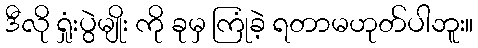
ဒီလို ရှုံးပွဲမျိုး ကို ခုမှ ကြုံခဲ့ ရတာမဟုတ်ပါဘူး။